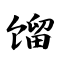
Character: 馏